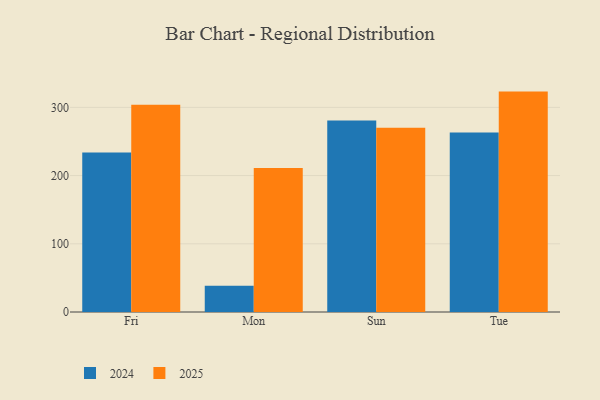
{"axis": {"x": "Day", "y": "Revenue (USD Million)"}, "legend": ["2024", "2025"], "data": [{"x": "Fri", "y": 303.8, "type": "2025"}, {"x": "Fri", "y": 233.8, "type": "2024"}, {"x": "Mon", "y": 211.1, "type": "2025"}, {"x": "Mon", "y": 38.5, "type": "2024"}, {"x": "Sun", "y": 270.0, "type": "2025"}, {"x": "Sun", "y": 280.7, "type": "2024"}, {"x": "Tue", "y": 323.1, "type": "2025"}, {"x": "Tue", "y": 263.2, "type": "2024"}]}